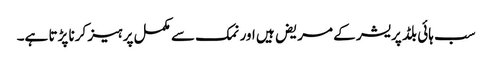
سب ہائی بلڈ پریشر کے مریض ہیں اور نمک سے مکمل پرہیز کرنا پڑتا ہے۔